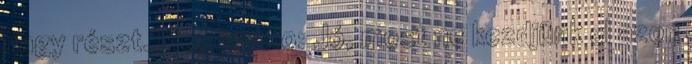
nagy részt. Megfigyelo: Jó, most ne kezdjünk el azon